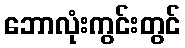
ဘောလုံးကွင်းတွင်